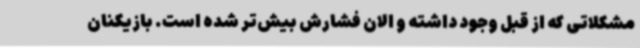
مشکلاتی که از قبل وجود داشته و الان فشارش بیش‌تر شده است. بازیکنان